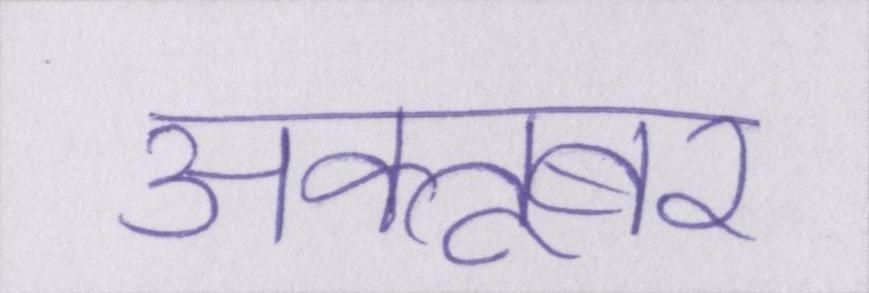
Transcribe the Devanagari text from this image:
अक्तूबर